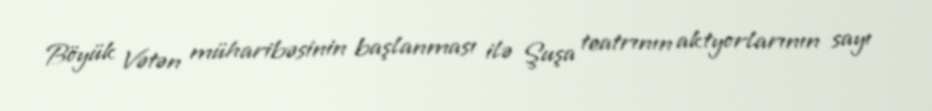
Böyük Vətən müharibəsinin başlanması ilə Şuşa teatrının aktyorlarının sayı